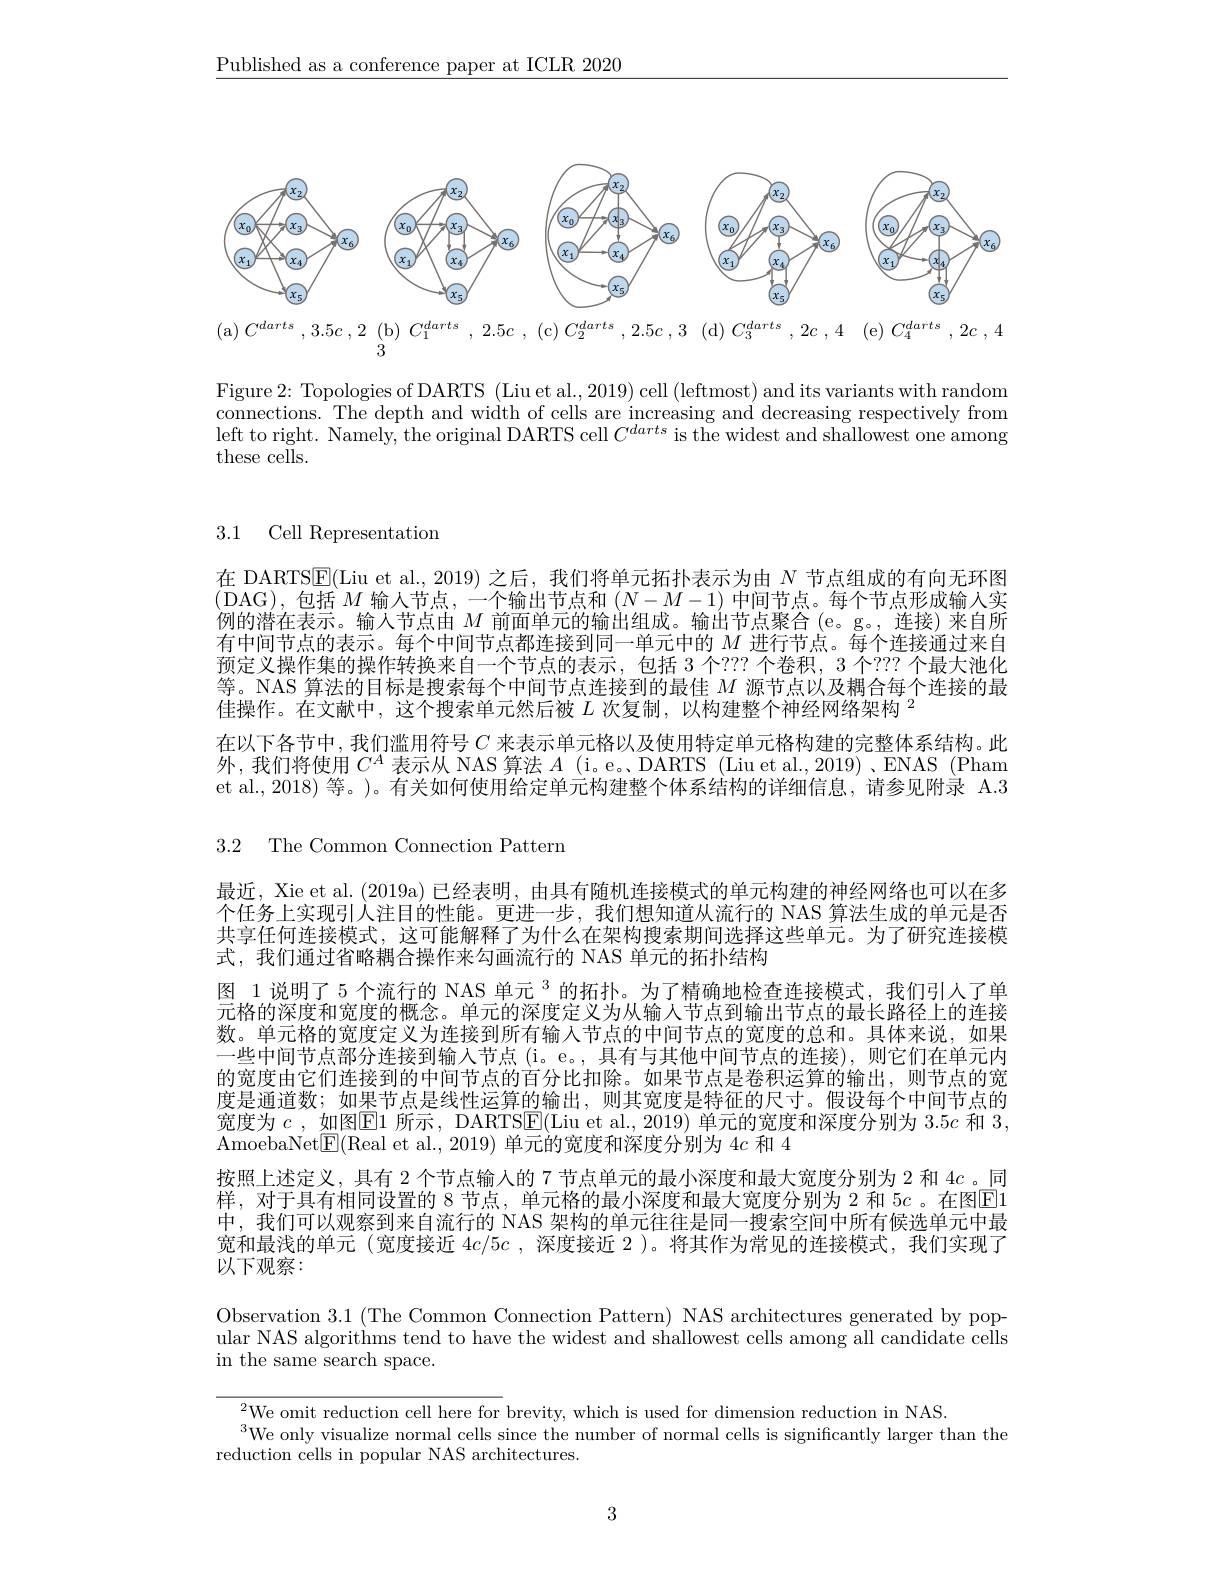
$\underline{\text{Published as a conference paper at ICLR 2020}}$

<FigureHere>

Figure 2: Topologies of DARTS (Liu et al., 2019) cell (leftmost) and its variants with random connections. The depth and width of cells are increasing and decreasing respectively from left to right. Namely, the original DARTS cell $C^{darts}$ is the widest and shallowest one among these cells.

3.1 Cell Representation

在 DARTS$\overline{\mathrm{E}}($Liu et al., 2019) 之后，我们将单元拓扑表示为由$N$节点组成的有向无环图(DAG),包括$M$输入节点，一个输出节点和$(N-M-1)$中间节点。每个节点形成输入实例的潜在表示。输人节点由$M$前面单元的输出组成。输出节点聚合(e。g。,连接)来自所有中间节点的表示。每个中间节点都连接到同一单元中的$M$进行节点。每个连接通过来自预定义操作集的操作转换来自一个节点的表示，包括 3 个？?? 个卷积，3 个？?? 个最大池化等。NAS 算法的目标是搜索每个中间节点连接到的最佳$M$源节点以及耦合每个连接的最佳操作。在文献中，这个搜索单元然后被$L$次复制，以构建整个神经网络架构$^{2}$
在以下各节中，我们滥用符号$C$来表示单元格以及使用特定单元格构建的完整体系结构。此外，我们将使用$C^A$表示从 NAS 算法$A$ (i。e。DARTS (Liu et al., 2019)、ENAS (Pham et al., 2018) 等。)。有关如何使用给定单元构建整个体系结构的详细信息，请参见附录 A.3

3.2 The Common Connection Pattern

最近，Xie et al. (2019a) 已经表明，由具有随机连接模式的单元构建的神经网络也可以在多个任务上实现引人注目的性能。更进一步，我们想知道从流行的 NAS 算法生成的单元是否共享任何连接模式，这可能解释了为什么在架构搜索期间选择这些单元。为了研究连接模式，我们通过省略耦合操作来勾画流行的 NAS 单元的拓扑结构
图 1 说明了 5 个流行的 NAS 单元$^{3}$的拓扑。为了精确地检查连接模式，我们引人了单元格的深度和宽度的概念。单元的深度定义为从输入节点到输出节点的最长路径上的连接数。单元格的宽度定义为连接到所有输入节点的中间节点的宽度的总和。具体来说，如果一些中间节点部分连接到输入节点(i。e。,具有与其他中间节点的连接),则它们在单元内的宽度由它们连接到的中间节点的百分比扣除。如果节点是卷积运算的输出，则节点的宽度是通道数；如果节点是线性运算的输出，则其宽度是特征的尺寸。假设每个中间节点的宽度为$c$,如图$\boxed{\mathrm{E}}1$ 所示，DARTS$\boxed{\mathrm{E}}($Liu et al., 2019)单元的宽度和深度分别为 $3.5c$ 和 3, AmoebaNet$\boxed{\mathrm{E}}($Real et al., 2019) 单元的宽度和深度分别为 4c 和 4
按照上述定义，具有 2 个节点输入的 7 节点单元的最小深度和最大宽度分别为 2 和$4c$ 。同样，对于具有相同设置的 8 节点，单元格的最小深度和最大宽度分别为 2 和 5$c$ 。在图$\overline{\mathrm{E}}1$ 中，我们可以观察到来自流行的 NAS 架构的单元往往是同一搜索空间中所有候选单元中最宽和最浅的单元 (宽度接近$4c/5c$ ,深度接近 2 )。将其作为常见的连接模式，我们实现了以下观察：

Observation 3.1 (The Common Connection Pattern) NAS architectures generated by popular NAS algorithms tend to have the widest and shallowest cells among all candidate cells in the same search space.

$_{n}^{2}$We omit reduction cell here for brevity, which is used for dimension reduction in NAS.
$^{3}$We only visualize normal cells since the number of normal cells is significantly larger than the
reduction cells in popular NAS architectures.

3